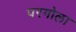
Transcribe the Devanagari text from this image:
परगोला